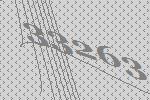
33263